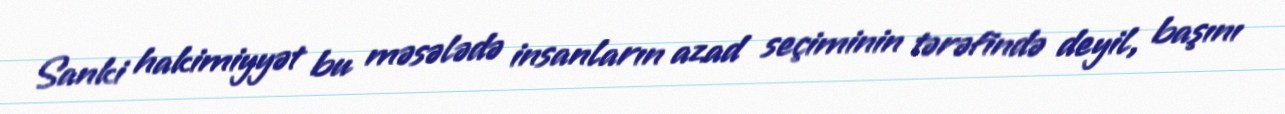
Sanki hakimiyyət bu məsələdə insanların azad seçiminin tərəfində deyil, başını